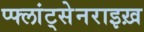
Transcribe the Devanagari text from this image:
प्फ्लांट्सेनराइख़